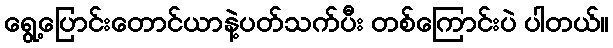
ရွေ့ပြောင်းတောင်ယာနဲ့ပတ်သက်ပီး တစ်ကြောင်းပဲ ပါတယ်။